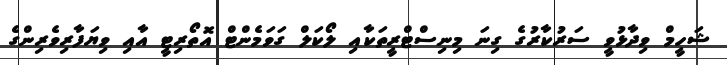
ޝަހީމް ވިދާޅުވީ ސަރުކާރުގެ ގިނަ މިނިސްޓްރީތަކާއި ލޯކަލް ގަވަމެންޓް އޮތޯރިޓީ އާއި ވިޔަފާރިވެރިންގެ